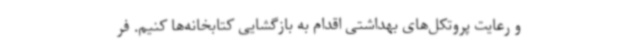
و رعایت پروتکل‌های بهداشتی اقدام به بازگشایی کتابخانه‌ها کنیم. فر